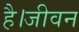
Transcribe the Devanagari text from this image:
है।जीवन